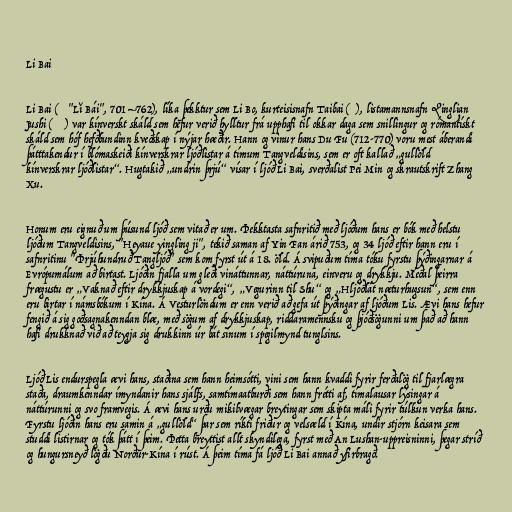
Li Bai

Li Bai (李白 "Lǐ Bái", 701–762), líka þekktur sem Li Bo, kurteisisnafn Taibai (太白), listamannsnafn Qinglian
Jushi (青蓮居士) var kínverskt skáld sem hefur verið hylltur frá upphafi til okkar daga sem snillingur og rómantískt
skáld sem hóf hefðbundinn kveðskap í nýjar hæðir. Hann og vinur hans Du Fu (712-770) voru mest áberandi
þátttakendur í blómaskeiði kínverskrar ljóðlistar á tímum Tangveldisins, sem er oft kallað „gullöld
kínverskrar ljóðlistar“. Hugtakið „undrin þrjú“ vísar í ljóð Li Bai, sverðalist Pei Min og skrautskrift Zhang
Xu.

Honum eru eignuð um þúsund ljóð sem vitað er um. Þekktasta safnritið með ljóðum hans er bók með helstu
ljóðum Tangveldisins, "Heyaue yingling ji", tekið saman af Yin Fan árið 753, og 34 ljóð eftir hann eru í
safnritinu "Þrjúhundruð Tangljóð" sem kom fyrst út á 18. öld. Á svipuðum tíma tóku fyrstu þýðingarnar á
Evrópumálum að birtast. Ljóðin fjalla um gleði vináttunnar, náttúruna, einveru og drykkju. Meðal þeirra
frægustu er „Vaknað eftir drykkjuskap á vordegi“, „Vegurinn til Shu“ og „Hljóðlát næturhugsun“, sem enn
eru birtar í námsbókum í Kína. Á Vesturlöndum er enn verið að gefa út þýðingar af ljóðum Lis. Ævi hans hefur
fengið á sig goðsagnakenndan blæ, með sögum af drykkjuskap, riddaramennsku og þjóðsögunni um það að hann
hafi drukknað við að teygja sig drukkinn úr bát sínum í spegilmynd tunglsins.

Ljóð Lis endurspegla ævi hans, staðina sem hann heimsótti, vini sem hann kvaddi fyrir ferðalög til fjarlægra
staða, draumkenndar ímyndanir hans sjálfs, samtímaatburði sem hann frétti af, tímalausar lýsingar á
náttúrunni og svo framvegis. Á ævi hans urðu mikilvægar breytingar sem skipta máli fyrir túlkun verka hans.
Fyrstu ljóðin hans eru samin á „gullöld“ þar sem ríkti friður og velsæld í Kína, undir stjórn keisara sem
studdi listirnar og tók þátt í þeim. Þetta breyttist allt skyndilega, fyrst með An Lushan-uppreisninni, þegar stríð
og hungursneyð lögðu Norður-Kína í rúst. Á þeim tíma fá ljóð Li Bai annað yfirbragð.